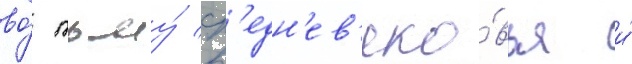
во́ тьму́ ср'едн'ев'еко́вья и́